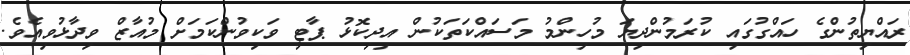
ރައްޔިތުންގެ ހައްގުގައި ކުރަމުންދިޔަ މުހިންމު މަސައްކަތަކުން އިދިކޮޅު ޕާޓީ ވަކިވުންކަމަށް މުއާޒް ވިދާޅުވިއެވެ.